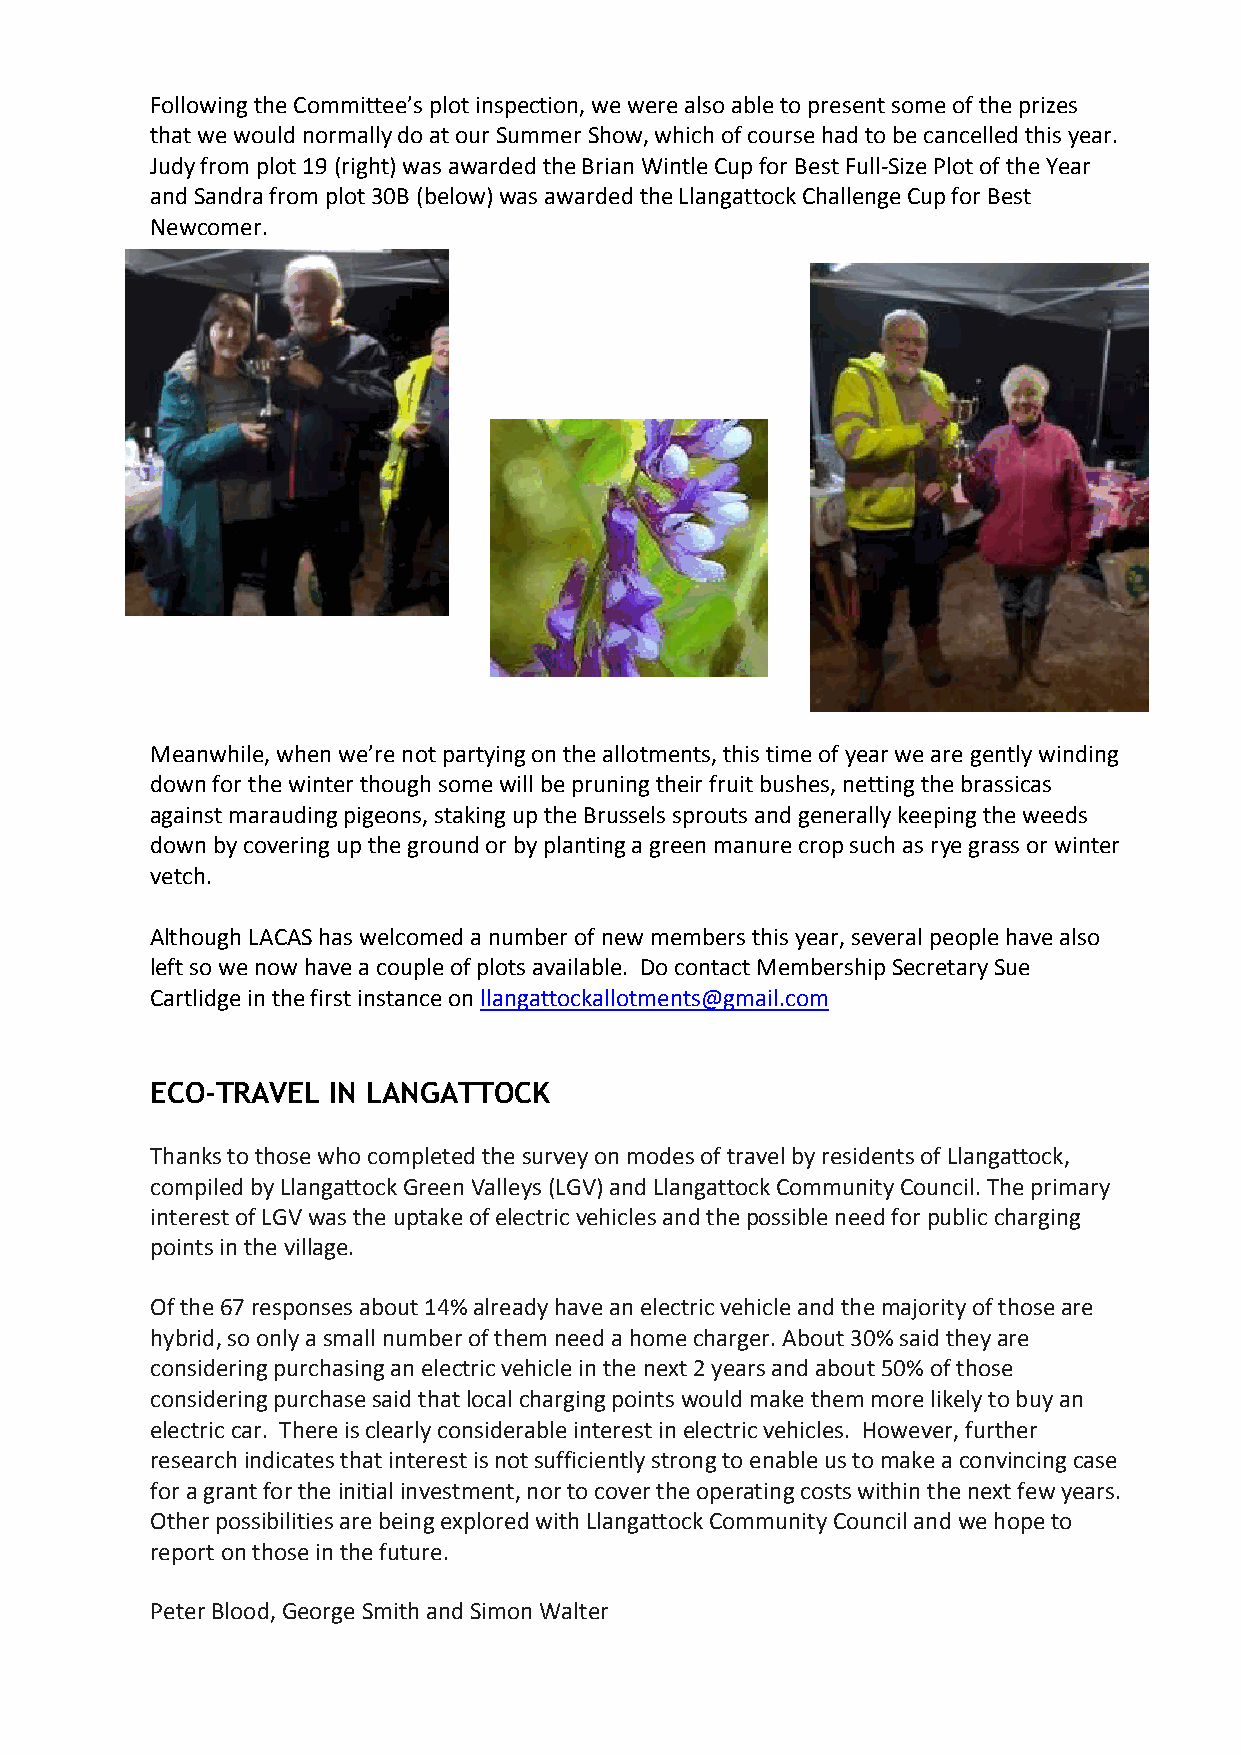
Following the Committee’s plot inspection, we were also able to present some of the prizes
 that we would normally do at our Summer Show, which of course had to be cancelled this year.
 Judy from plot 19 (right) was awarded the Brian Wintle Cup for Best Full-Size Plot of the Year
 and Sandra from plot 30B (below) was awarded the Llangattock Challenge Cup for Best
 Newcomer.
 Meanwhile, when we’re not partying on the allotments, this time of year we are gently winding
 down for the winter though some will be pruning their fruit bushes, netting the brassicas
 against marauding pigeons, staking up the Brussels sprouts and generally keeping the weeds
 down by covering up the ground or by planting a green manure crop such as rye grass or winter
 vetch.
 Although LACAS has welcomed a number of new members this year, several people have also
 left so we now have a couple of plots available. Do contact Membership Secretary Sue
 Cartlidge in the first instance on llangattockallotments@gmail.com
 ECO-TRAVEL  IN LANGATTOCK
 Thanks to those who completed the survey on modes of travel by residents of Llangattock,
 compiled by Llangattock Green Valleys (LGV) and Llangattock Community Council. The primary
 interest of LGV was the uptake of electric vehicles and the possible need for public charging
 points in the village.
 Of the 67 responses about 14% already have an electric vehicle and the majority of those are
 hybrid, so only a small number of them need a home charger. About 30% said they are
 considering purchasing an electric vehicle in the next 2 years and about 50% of those
 considering purchase said that local charging points would make them more likely to buy an
 electric car. There is clearly considerable interest in electric vehicles. However, further
 research indicates that interest is not sufficiently strong to enable us to make a convincing case
 for a grant for the initial investment, nor to cover the operating costs within the next few years.
 Other possibilities are being explored with Llangattock Community Council and we hope to
 report on those in the future.
 Peter Blood, George Smith and Simon Walter